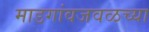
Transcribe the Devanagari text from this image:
माडगांवजवळच्या